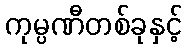
ကုမ္ပဏီတစ်ခုနှင့်